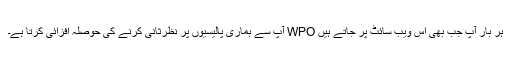
ہر بار آپ جب بھی اس ویب سائٹ پر جاتے ہیں WPO آپ سے ہماری پالیسیوں پر نظرثانی کرنے کی حوصلہ افزائی کرتا ہے۔